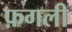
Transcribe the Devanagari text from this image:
फ़गली